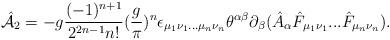
LaTeX: \begin{align*}\hat{\cal A}_2=-g{{(-1)^{n+1}}\over{2^{2n-1}n!}}({{g}\over \pi})^n\epsilon _{\mu _1\nu _1...\mu _n\nu _n}\theta ^{\alpha \beta }\partial _\beta (\hat A_\alpha\hat F_{\mu _1\nu _1}...\hat F_{\mu _n\nu _n}).\end{align*}